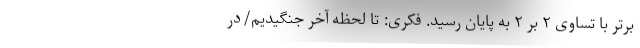
برتر با تساوی ۲ بر ۲ به پایان رسید. فکری: تا لحظه آخر جنگیدیم/در